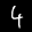
Label: 4